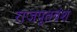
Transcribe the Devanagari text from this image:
राजपूतवंश